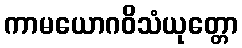
ကာမယောဂဝိသံယုတ္တော